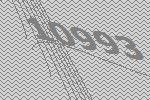
10993